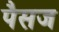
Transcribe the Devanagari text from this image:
पैसज